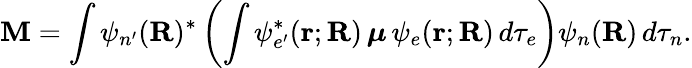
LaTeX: \mathbf{M}=\int\psi_{n^{\prime}}(\mathbf{R})^{\ast}\left(\int\psi_{e^{\prime}}^{\ast}(\mathbf{r};\mathbf{R})\, \boldsymbol{\mu}\, \psi_{e}(\mathbf{r};\mathbf{R})\, d\tau_{e}\right)\psi_{n}(\mathbf{R})\, d\tau_{n}.